Report on the treatment of epidemic cholera: from information collected by the governments of Bengal, Madras, Bombay, N.W. Provinces, Punjab, Oudh, and Central India, by order of the Government of India
Disease focus: Cholera
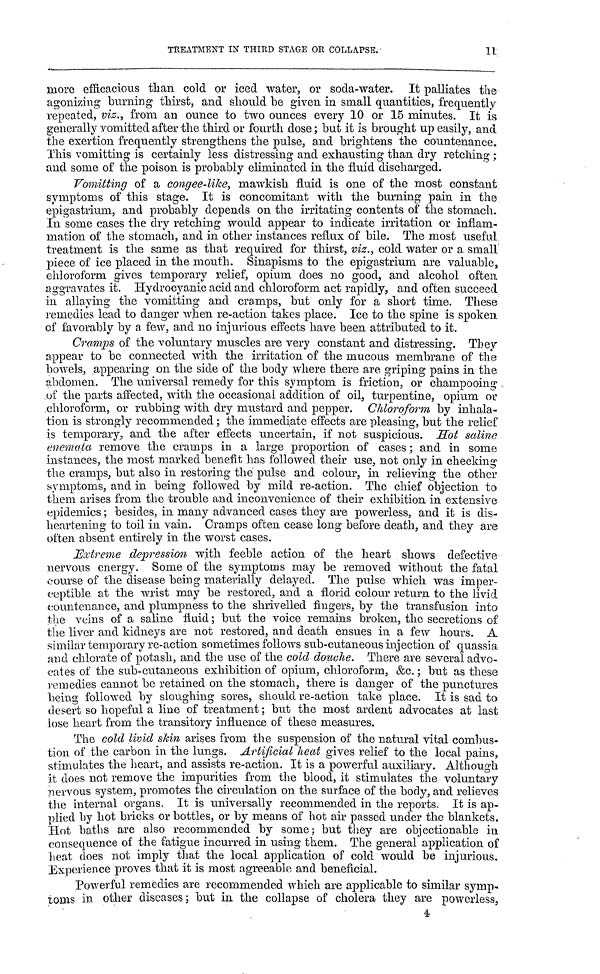
TREATMENT
IN THIRD STAGE OR COLLAPSE.
more efficacious than cold or iced water, or soda-water. It palliates the
agonizing burning thirst, and should be given in small quantities, frequently
repeated, vis., from an ounce to two ounces every 10 or 15 minutes. It is
generally vomitted after the third or fourth dose ; but it is brought up easily, and
the exertion frequently strengthens the pulse, and brightens the countenance.
This vomitting is certainly less distressing and exhausting than dry retching ;
and some of the poison is probably eliminated in the fluid discharged.
Vomitting of a congee-like., mawkish fluid is one of the most constant
symptoms of this stage. It is concomitant with the burning pain in the
epigastrium, and probably depends on the irritating contents of the stomach.
In some cases the dry retching would appear to indicate irritation or inflam-
mation of the stomach, and in other instances reflux of bile. The most useful
treatment is the same as that required for thirst, viz., cold water or a small
piece of ice placed in the mouth. Sinapisms to the epigastrium are valuables
chloroform gives temporary relief, opium does no good, and alcohol often
aggravates it. Hydrocyanic acid and chloroform act rapidly, and often succeed
in allaying the vomitting and cramps, but only for a short time. These
remedies lead to danger when re-action takes place. Ice to the spine is spoken
of favorably by a few, and no injurious effects have been attributed to it.
Cramps of the voluntary muscles are very constant and distressing. They
appear to be connected with the irritation of the mucous membrane of the
bowels, appearing on the side of the body where there are griping pains in the
abdomen. The universal remedy for this symptom is friction, or champooing
of the parts affected, with the occasional addition of oil, turpentine, opium or
chloroform, or rubbing with dry mustard and pepper. Chloroform by inhala-
tion is strongly recommended ; the immediate effects are pleasing, but the relief
is temporary, and the after effects uncertain, if not suspicious. Hot saline
enemata remove the cramps in a large proportion of cases; and in some
instances, the most marked benefit has followed their use, not only in checking
the cramps, but also in restoring the pulse and colour, in relieving the other
symptoms, and in being followed by mild re-action. The chief objection to
them arises from the trouble and inconvenience of their exhibition in extensive
epidemics; besides, in many advanced cases they are powerless, and it is dis-
heartening to toil in vain. Cramps often cease long before death, and they are
often absent entirely in the worst cases.
Extreme depression with feeble action of the heart shows defective
nervous energy. Some of the symptoms may be removed without the fatal
course of the disease being materially delayed. The pulse which was imper-
ceptible at the wrist may be restored, and a florid colour return to the livid
countenance, and plumpness to the shrivelled fingers, by the transfusion into
the veins of a saline fluid; but the voice remains broken, the secretions of
the liver and kidneys are not restored, and death ensues in a few hours. A
similar temporary re-action sometimes follows sub-cutaneous injection of quassia
and chlorate of potash, and the use of the cold douche. There are several advo-
cates of the sub-cutaneous exhibition of opium, chloroform, &c. ; but as these
remedies cannot be retained on the stomach, there is danger of the punctures
being followed by sloughing sores, should re-action take place. It is sad to
desert so hopeful a line of treatment; but the most ardent advocates at last
lose heart from the transitory influence of these measures.
The cold livid skin arises from the suspension of the natural vital combus-
tion of the carbon in the lungs. Artificial heat gives relief to the local pains,
stimulates the heart, and assists re-action. It is a powerful auxiliary. Although
it does not remove the impurities from the blood, it stimulates the voluntary
nervous system, promotes the circulation on the surface of the body, and relieves
the internal organs. It is universally recommended in the reports. It is ap-
plied by hot bricks or bottles, or by means of hot air passed under the blankets.
Hot baths are also recommended by some; but they are objectionable in
consequence of the fatigue incurred in using them. The general application of
heat does not imply that the local application of cold would be injurious.
Experience proves that it is most agreeable and beneficial.
Powerful remedies are recommended which are applicable to similar symp-
toms in other diseases; but in the collapse of cholera they are powerless,
4